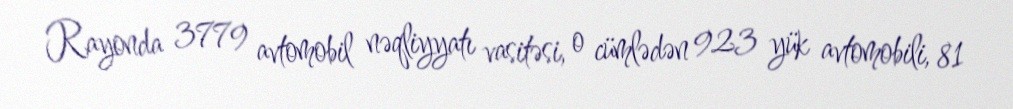
Rayonda 3779 avtomobil nəqliyyatı vasitəsi, o cümlədən 923 yük avtomobili, 81